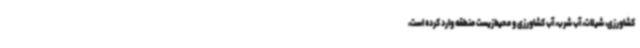
کشاورزی، شیلات، آب شرب، آب کشاورزی و محیط‌زیست منطقه وارد کرده است،